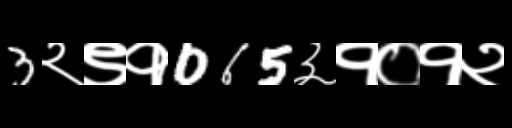
Text: 3२९१065३१०१२